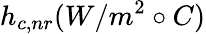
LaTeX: h_{c,nr}(W/m^{2}\circ C)